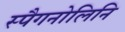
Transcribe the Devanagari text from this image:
स्पैगनोलिनि